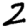
Digit: 2